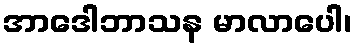
အာဒေါဘာသန မာလာပေါ၊